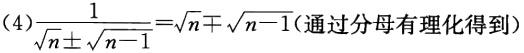
\((4)\frac{1}{\sqrt{n}\pm\sqrt{n - 1}}=\sqrt{n}\mp\sqrt{n - 1}(\text{通过分母有理化得到})\)